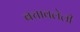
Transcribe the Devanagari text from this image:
बचावलेली